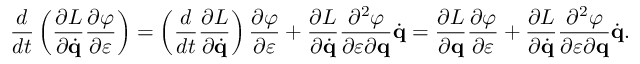
{ \frac { d } { d t } } \left( { \frac { \partial L } { \partial { \dot { \mathbf { q } } } } } { \frac { \partial \varphi } { \partial \varepsilon } } \right) = \left( { \frac { d } { d t } } { \frac { \partial L } { \partial { \dot { \mathbf { q } } } } } \right) { \frac { \partial \varphi } { \partial \varepsilon } } + { \frac { \partial L } { \partial { \dot { \mathbf { q } } } } } { \frac { \partial ^ { 2 } \varphi } { \partial \varepsilon \partial \mathbf { q } } } { \dot { \mathbf { q } } } = { \frac { \partial L } { \partial \mathbf { q } } } { \frac { \partial \varphi } { \partial \varepsilon } } + { \frac { \partial L } { \partial { \dot { \mathbf { q } } } } } { \frac { \partial ^ { 2 } \varphi } { \partial \varepsilon \partial \mathbf { q } } } { \dot { \mathbf { q } } } .